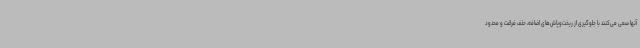
آنها سعی می‌کنند با جلوگیری از ریخت‌وپاش‌های اضافه، حذف فراغت و محدود